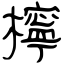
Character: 檸